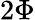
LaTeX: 2\Phi